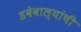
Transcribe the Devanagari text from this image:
डबेवाल्यांची